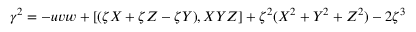
\gamma ^ { 2 } = - u v w + [ ( \zeta X + \zeta Z - \zeta Y ) , X Y Z ] + \zeta ^ { 2 } ( X ^ { 2 } + Y ^ { 2 } + Z ^ { 2 } ) - 2 \zeta ^ { 3 }